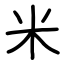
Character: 米